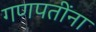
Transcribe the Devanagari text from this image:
गणपतींना